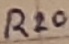
Text: R20